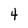
Character: 4